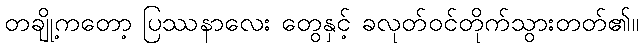
တချို့ကတော့ ပြဿနာလေး တွေနှင့် ခလုတ်ဝင်တိုက်သွားတတ်၏။